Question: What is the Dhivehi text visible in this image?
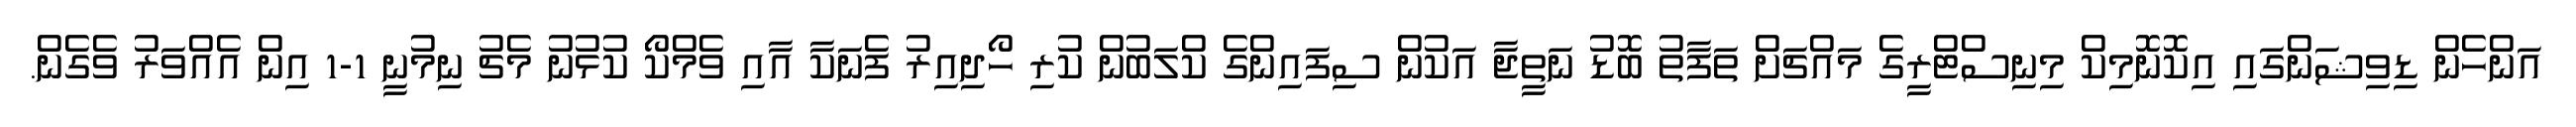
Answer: އަންހެން ޑިވިޝަންގައި އިކޮނޮމިކް މިނިސްޓްރީގެ މައްޗަށް ތަފާތު ބޮޑު ނަތީޖާ އަކުން ސިފައިންގެ ކްލަބުން ކުރި ހޯދިއިރު ފެނަކާ އާއި ވެމްކޯ ކުޅުނު މެޗު ނިމުނީ 1-1 އިން އެއްވަރު ވެގެން.